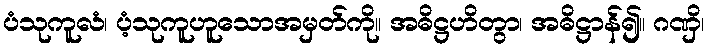
ပံသုကူလံ၊ ပံ့သုကူဟူသောအမှတ်ကို။ အဓိဋ္ဌဟိတွာ၊ အဓိဋ္ဌာန်၍။ ဂဏှိ၊